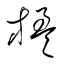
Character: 楹